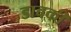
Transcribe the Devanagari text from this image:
डाबकी